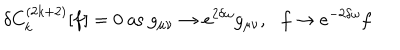
\delta C _ { k } ^ { ( 2 k + 2 ) } [ f ] = 0 \mathrm { ~ a s ~ } g _ { \mu \nu } \rightarrow e ^ { 2 \delta \omega } g _ { \mu \nu } , \: \: \: f \rightarrow e ^ { - 2 \delta \omega } f